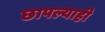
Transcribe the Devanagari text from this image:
छापल्याही